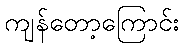
ကျန်တော့ကြောင်း